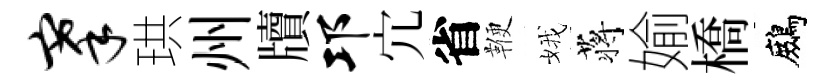
搴珙州牘邛宂省鞭娥蒋媮橋鷓